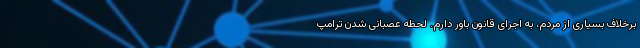
برخلاف بسیاری از مردم، به اجرای قانون باور دارم. لحظه عصبانی شدن ترامپ